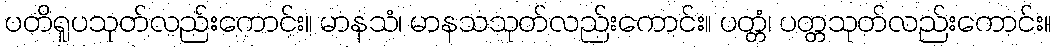
ပတိရူပသုတ်လည်းကောင်း။ မာနသံ၊ မာနသသုတ်လည်းကောင်း။ ပတ္တံ၊ ပတ္တသုတ်လည်းကောင်း။